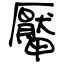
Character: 厴